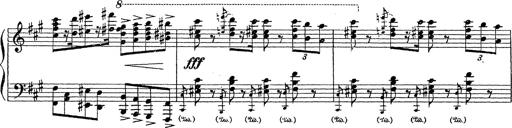
Title: Ballade No.1
Composer: Richard St. Clair